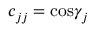
c _ { j j } = \mathrm { c o s } \gamma _ { j }